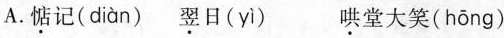
A.\underset{·}{惦}记(diàn) \underset{·}{翌}日(yì) \underset{·}{哄}堂大笑(hōng)